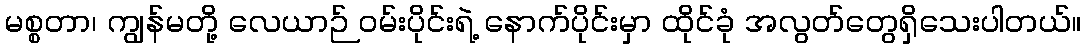
မစ္စတာ၊ ကျွန်မတို့ လေယာဉ် ဝမ်းပိုင်းရဲ့ နောက်ပိုင်းမှာ ထိုင်ခုံ အလွတ်တွေရှိသေးပါတယ်။